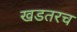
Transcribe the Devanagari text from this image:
खडतरच